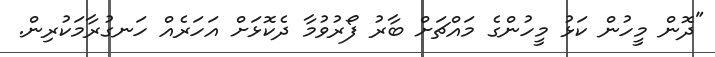
"ދޮން މީހުން ކަޅު މީހުންގެ މައްޗަށް ބާރު ފޯރުވުމާ ދެކޮޅަށް އަހަރެއް ހަނގުރާމަކުރިން.